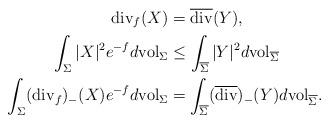
LaTeX: \begin{align*}\mathrm{div}_f( X) &=\overline{\mathrm{div}}(Y),\\\int_\Sigma |X|^2 e^{-f}d\mathrm{vol}_\Sigma&\leq \int_{\overline{\Sigma}}|Y|^2 d\mathrm{vol}_{\overline{\Sigma}}\\\int_\Sigma (\mathrm{div}_f)_- (X) e^{-f}d\mathrm{vol}_\Sigma&= \int_{\overline{\Sigma}}(\overline{\mathrm{div}})_-(Y) d\mathrm{vol}_{\overline{\Sigma}}.\end{align*}